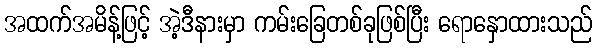
အထက်အမိန့်ဖြင့် အဲ့ဒီနားမှာ ကမ်းခြေတစ်ခုဖြစ်ပြီး ရောနှောထားသည်